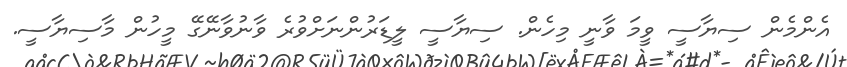
އެންމެން ސިޔާސީ ވީމަ ވާނީ މިހެން. ސިޔާސީ ލީޑަރުންނަށްވުރެ ވާނުވާނޭގޭ މީހުން މާސިޔާސީ.